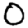
Digit: 0